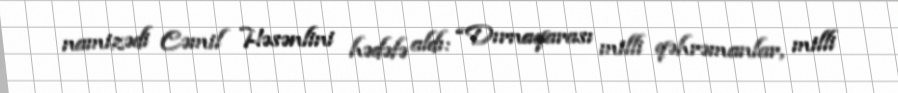
namizədi Cəmil Həsənlini hədəfə aldı: “Dırnaqarası milli qəhrəmanlar, milli